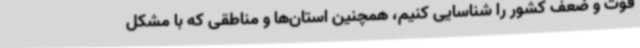
قوت و ضعف کشور را شناسایی کنیم، همچنین استان‌ها و مناطقی که با مشکل